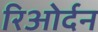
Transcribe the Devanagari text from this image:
रिओर्दन